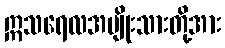
ဣသရေလအမျိုးသားတို့အား